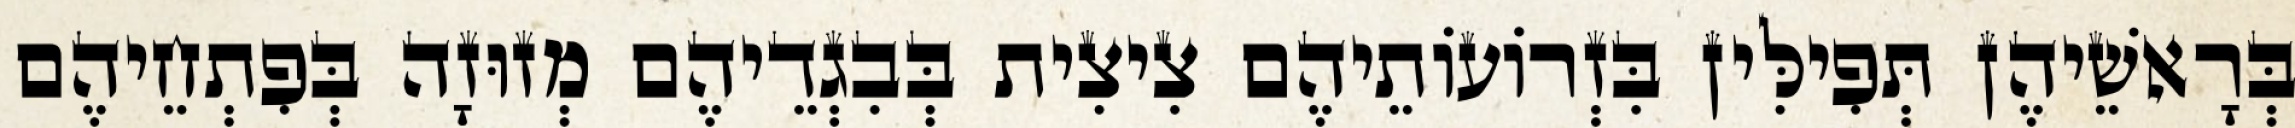
בְּרָאשֵׁיהֶן תְּפִילִּין בִּזְרוֹעוֹתֵיהֶם צִיצִית בְּבִגְדֵיהֶם מְזוּזָה בְּפִתְחֵיהֶם